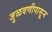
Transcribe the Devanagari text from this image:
जुळवणीपासून